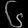
Digit: ၆